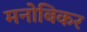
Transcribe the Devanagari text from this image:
मनोबिकर